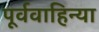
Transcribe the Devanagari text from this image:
पूर्ववाहिन्या